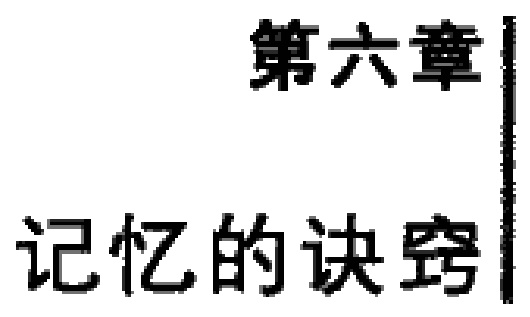
\textbf{第六章}

\textbf{记忆的诀窍}